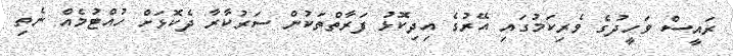
ރައީސް ވަހީދުގެ ވެރިކަމުގައި އޭރުގެ އިދިކޮޅު ފަރާތްތަކުން ސަރުކާރާ ދެކޮޅަށް ހުއްޓުމެއް ނެތި